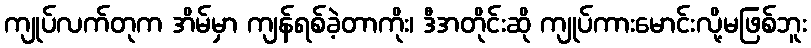
ကျုပ်လက်တုက အိမ်မှာ ကျန်ရစ်ခဲ့တာကိုး၊ ဒီအတိုင်းဆို ကျုပ်ကားမောင်းလို့မဖြစ်ဘူး